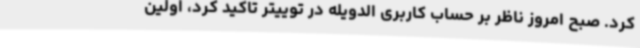
کرد. صبح امروز ناظر بر حساب کاربری الدویله در توییتر تاکید کرد، اولین